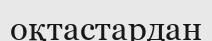
оқтастардан